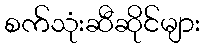
စက်သုံးဆီဆိုင်များ